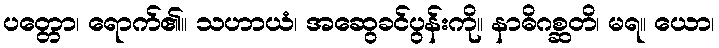
ပတ္တော၊ ရောက်၏။ သဟာယံ၊ အဆွေခင်ပွန်းကို။ နာဓိဂစ္ဆတိ၊ မရ။ ယော၊